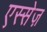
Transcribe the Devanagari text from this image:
एस्सेज़